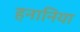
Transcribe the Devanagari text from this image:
हनानिया